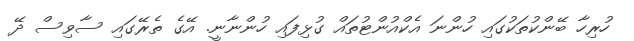
ހުރިހާ ބޭންކުތަކުގައި ހުންނަ އެކްއުންޓުތައް ގުޅިފައި ހުންނާނީ. އޭގެ ތެރޭގައި ސާވިސް ދޭ